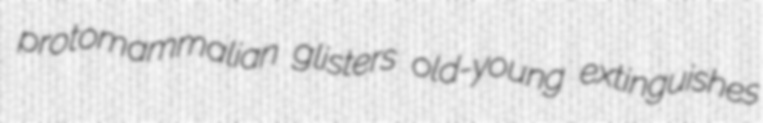
protomammalian glisters old-young extinguishes